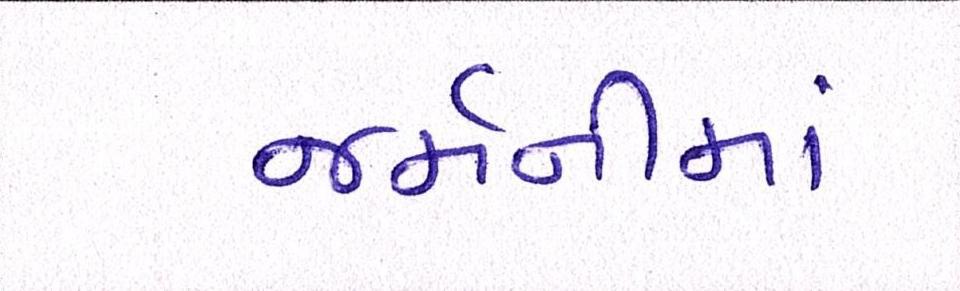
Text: જર્મનીમાં